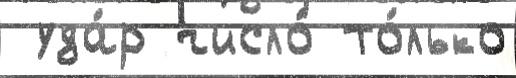
 уда́р число́ то́лько